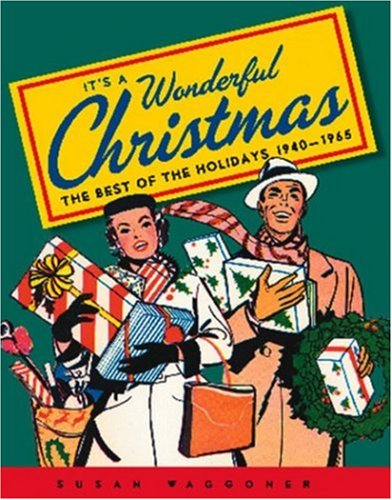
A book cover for It's a Wonderful Christmas: The Best of the Holidays 1940-1965; Susan Waggoner; Humor & Entertainment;